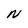
Character: N